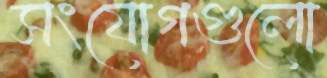
সংযোগগুলো